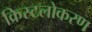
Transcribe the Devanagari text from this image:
क्रिस्टलोकरण